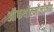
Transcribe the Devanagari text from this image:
ऑफथॉल्मॉलॉजीत